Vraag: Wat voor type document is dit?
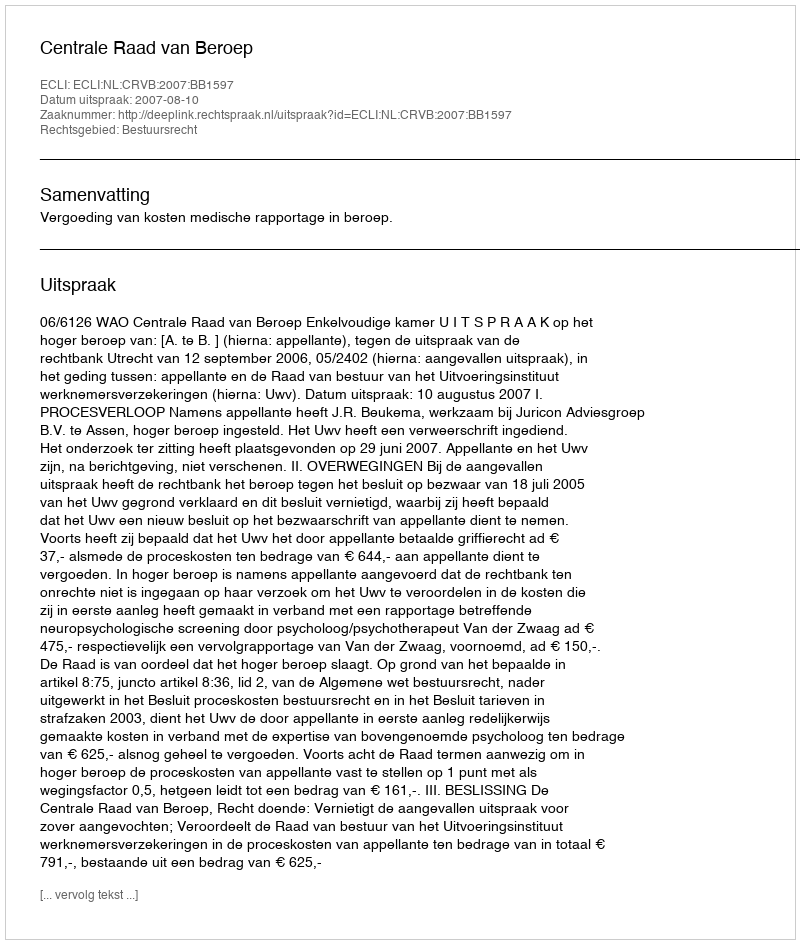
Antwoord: Uitspraak